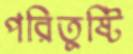
পরিতুষ্টি